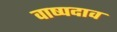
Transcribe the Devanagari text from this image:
वाष्पदाव